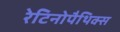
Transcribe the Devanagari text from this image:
रेटिनोपैथिक्स